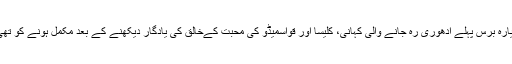
گیارہ برس پہلے ادھوری رہ جانے والی کہانی، کلیسا اور قواسمیڈو کی محبت کےخالق کی یادگار دیکھنے کے بعد مکمل ہونے کو تھی۔